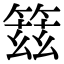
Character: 䈘